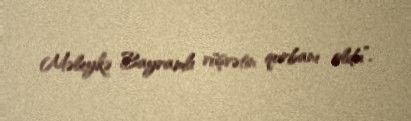
Məleykə Bayramlı rüşvətin qurbanı oldu”.